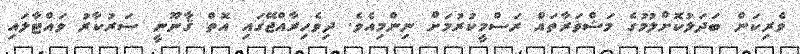
ވެރިކަން ބަދަލުކޮށްލުމުގެ މަޝްވަރާތައް ރަސްމީކުރުމަށް ނިންމިއެވެ. ދިވެހިރާއްޖޭގައި އޮތް ޤާނޫނީ ސަރުކާރު ވައްޓާލައި